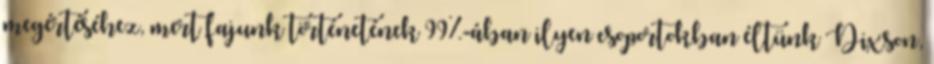
megértéséhez, mert fajunk történetének 99%-ában ilyen csoportokban éltünk Dixson,